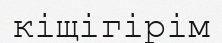
кіщігірім